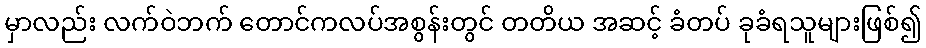
မှာလည်း လက်ဝဲဘက် တောင်ကလပ်အစွန်းတွင် တတိယ အဆင့် ခံတပ် ခုခံရသူများဖြစ်၍